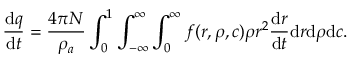
\frac { \mathrm { d } q } { \mathrm { d } t } = \frac { 4 \pi N } { \rho _ { a } } \int _ { 0 } ^ { 1 } \int _ { - \infty } ^ { \infty } \int _ { 0 } ^ { \infty } f ( r , \rho , c ) \rho r ^ { 2 } \frac { \mathrm { d } r } { \mathrm { d } t } \mathrm { d } r \mathrm { d } \rho \mathrm { d } c .